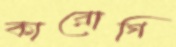
কারোগি